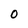
Character: 0